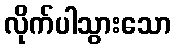
လိုက်ပါသွားသော